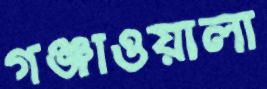
গঞ্জাওয়ালা